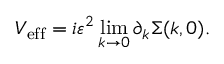
V _ { \mathrm { e f f } } = i \varepsilon ^ { 2 } \operatorname* { l i m } _ { k \rightarrow 0 } \partial _ { k } \Sigma ( k , 0 ) .